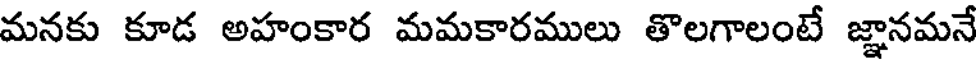
మనకు కూడ అహంకార మమకారములు తొలగాలంటే జ్ఞానమనే